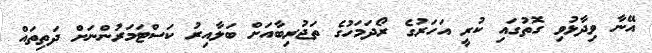
އޭނާ ވިދާޅުވި ގޮތުގައި ކުރީ އަހަރުގެ ރޯދަމަހުގެ ތަޖުރިބާއަށް ބަލާއިރު ކަސްޓަމަރުންނަށް ދަތިތައް